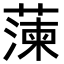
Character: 𮑔